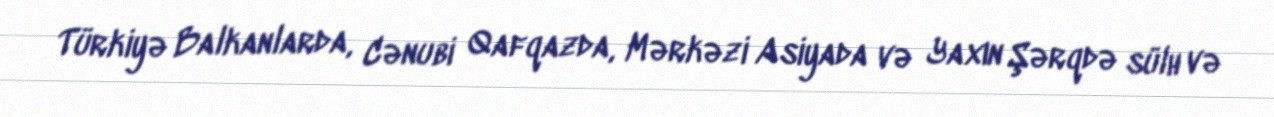
Türkiyə Balkanlarda, Cənubi Qafqazda, Mərkəzi Asiyada və Yaxın Şərqdə sülh və